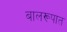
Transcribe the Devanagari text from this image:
बालरूपात